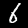
Digit: 6